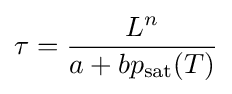
\tau ={\frac {L^{n}}{a+bp_{\text{sat}}(T)}}